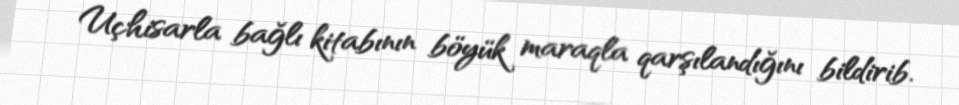
Uçhisarla bağlı kitabının böyük maraqla qarşılandığını bildirib.